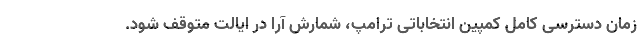
زمان دسترسی کامل کمپین انتخاباتی ترامپ، شمارش آرا در ایالت متوقف شود.